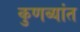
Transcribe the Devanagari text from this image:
कुणब्यांत